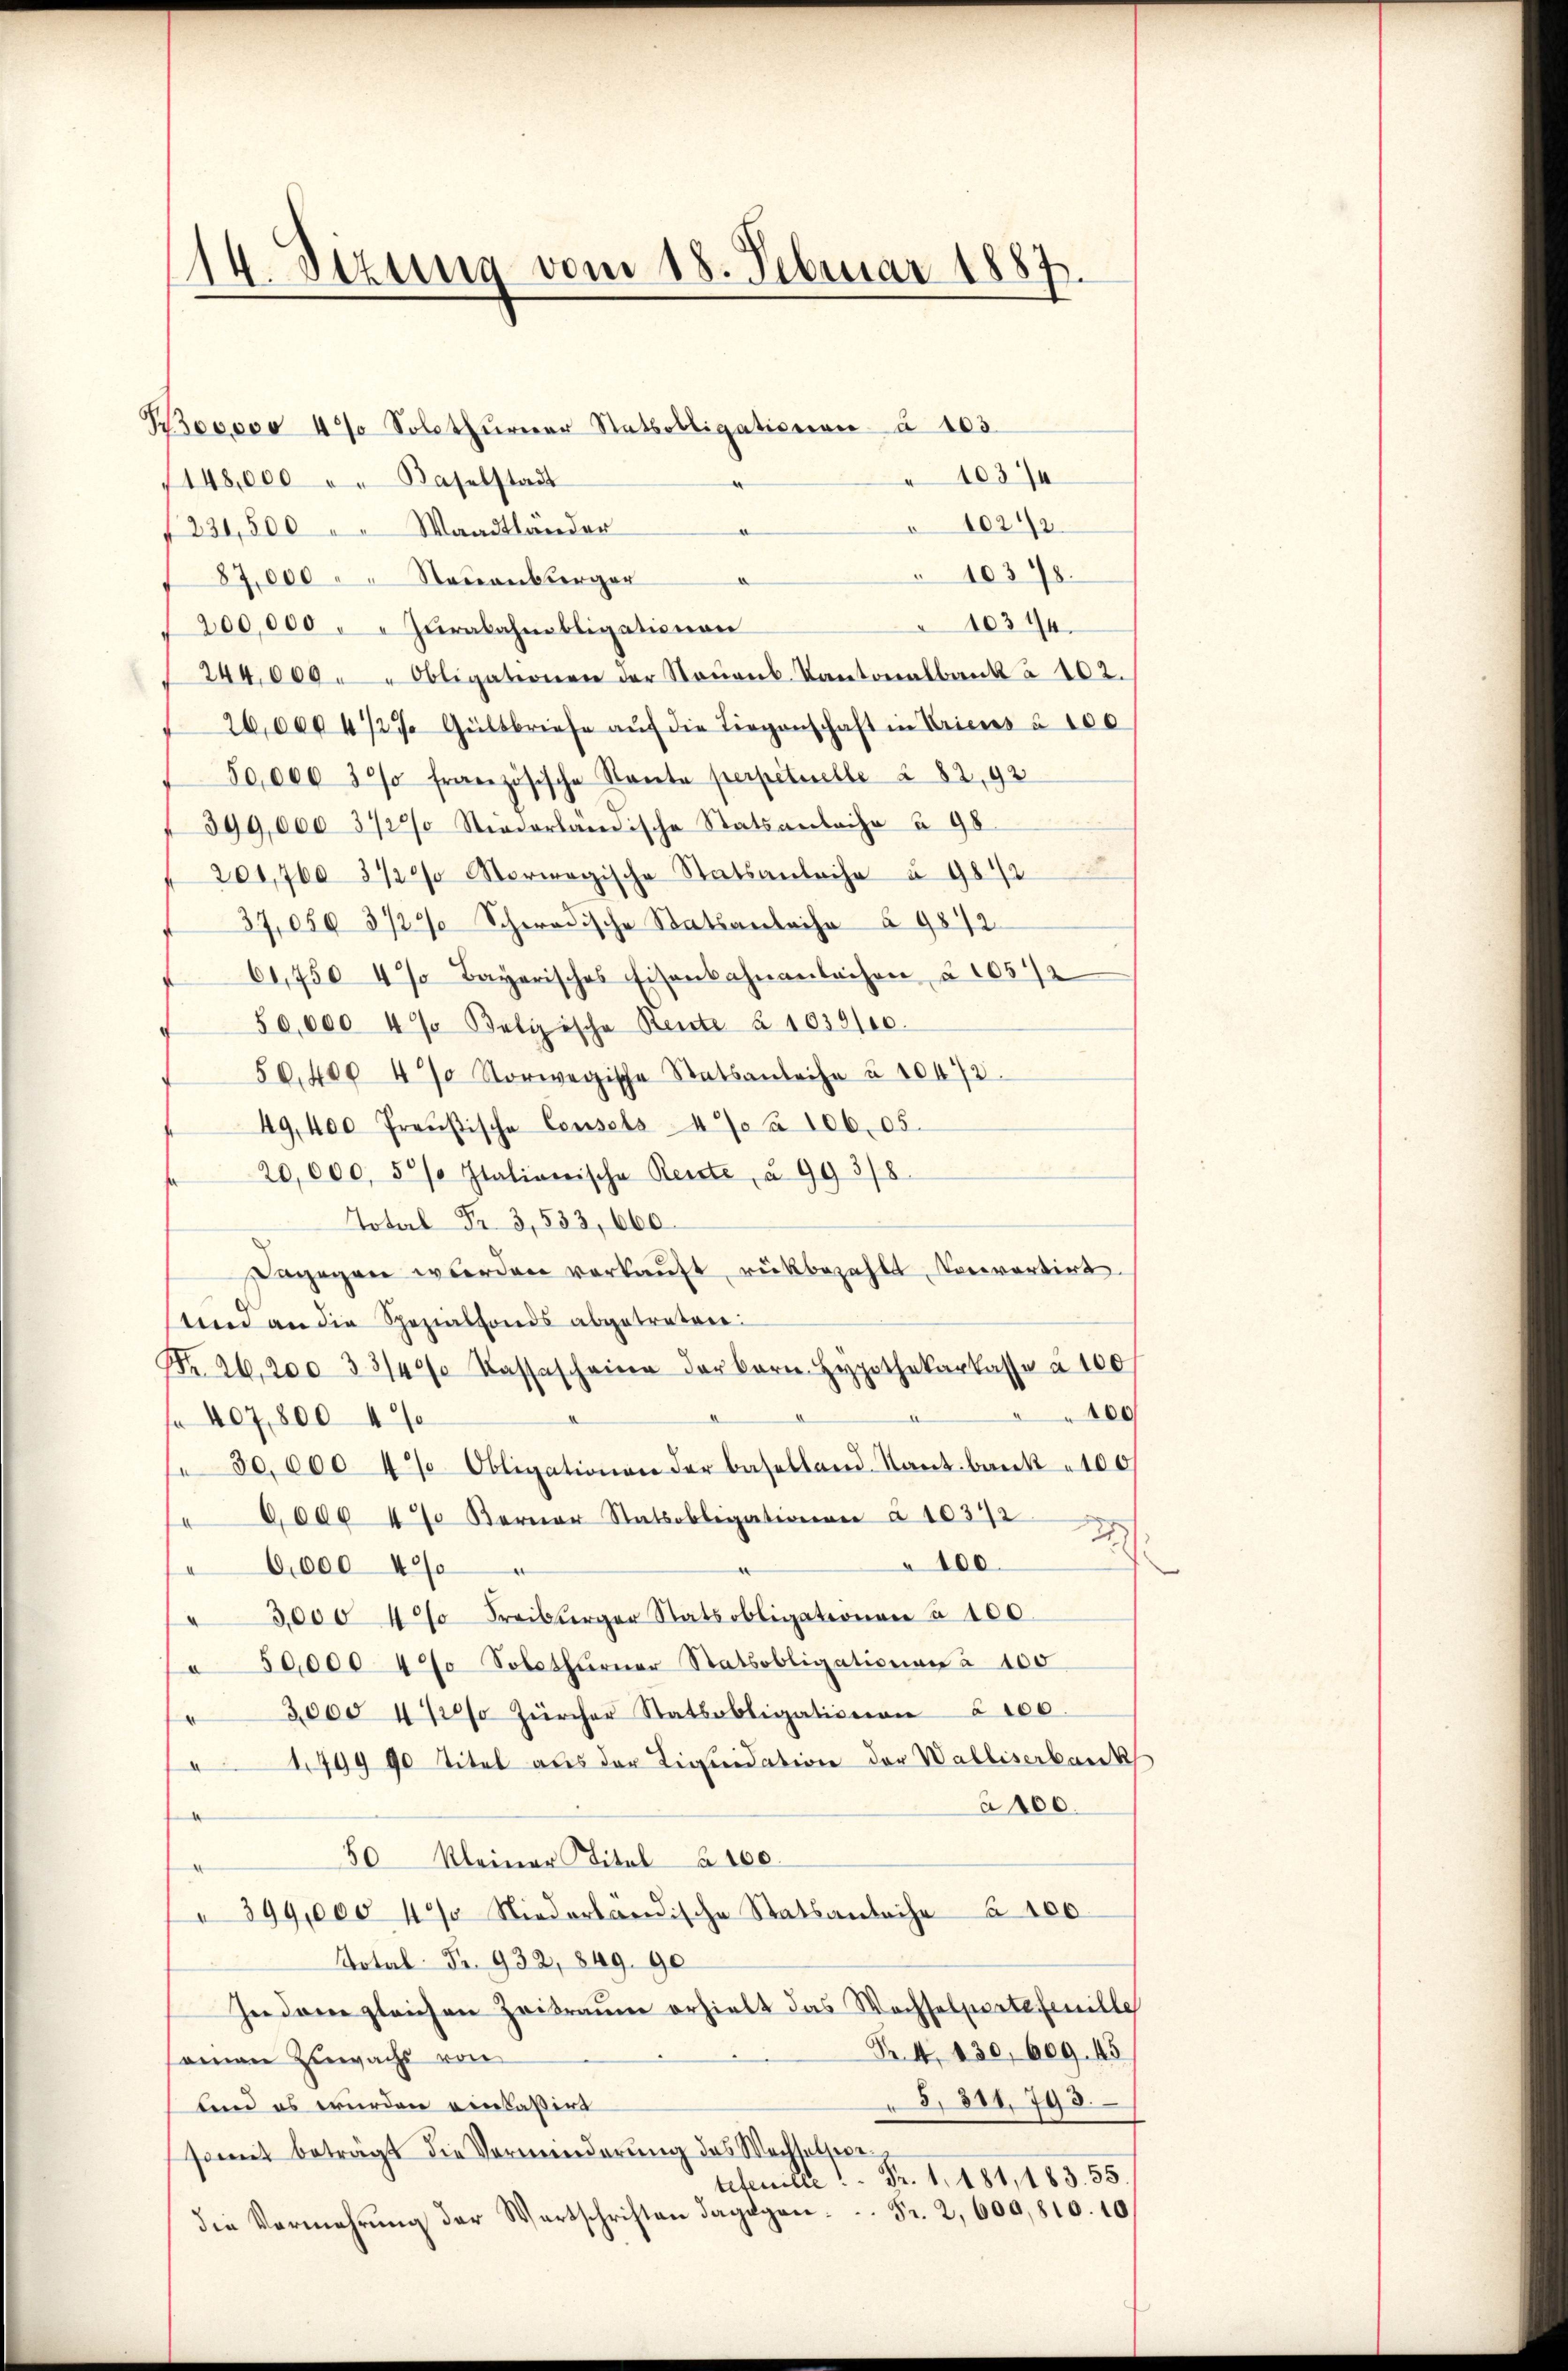
14. Sezung vom 18. Februar 1887.

Rococo 4% Solothŭrner Ratsobligationen à 103
10374
148,000 " " Baselstadt
1024/2
1231,500 " " Waadtländer
10378.
87,000 " " Neuenburger
10344
200,000 " " Zŭrabahmbligationen
244,000 " " Obligationen der Staŭenk. Kantonalbank à 102.
26,0004727 Gültbriefe aŭf die Liegenschaft in Kricus à 100
50,000 30% französische Staate perpétuelle à 82, 92
399,000 3727 Stiederlandische Statsanleihe § 98.
201,760 8120/0 Morwegische Statsanleihe u. 981/2
37,050 3727 Schwedische Statsanleihe § 9872
61,750 4% Bayerisches Eisenbahnanlachen § 1052
50,000 4% Belgische Rente § 1039/10.
50,400 47 Norwegische Statsanleihe u. 10472.
49,400 Preußische Cousels 470 à 106. 05.
20,000, 5% Italionische Reiste, u. 99 3/8
 Total Fr. 3,533, 660.
begegen wurden verkaŭft, rückbezahlt, Konvertirt.
tem an die Spezialfonds abgetreter:
Nr. 26. 200. 3314/ Kassascheine der bern Hypothekarkasse à 100
00
f 407,800 40
30,000 4% Obligationen der baselland. Kant bank 100
6,000 4 Berner Statsobligationen à 10342
2
100.
 6,000 400
3,000 40 Freiberger Statsobligationen à 100.
C 50,000 47 Solothurner Statsobligationen à 100
3,000 1/2% Zürcher Statsobligationen 2100.
4799 90 Titel aus der Liquidation der Walliserbank
a 400.
50 Kleiner Titel à 100.
399,000 4% Niederländische Statsanleihe § 100
Notal Fr. 932, 849. 90
Indame gleichen Zeitraume erhielt das Wechselpertefenille
Nr. 4. 430, 609. 45
einen Zuwachs von
8, 811, 793.
lend es wurden einlassirt
somit beträgt die Verminderung des Wechselsegetetenille! - Fr. 1. 181, 183. 55.
Fr. 2, 600,810. 10
die Vermehrung der Wartschriften dagegen¬